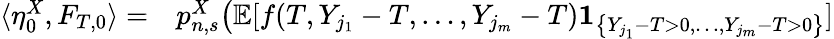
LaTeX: \begin{array}{rl}{\langle\eta_{0}^{X},F_{T,0}\rangle=}&{{}p_{n,s}^{X}\big(\mathbb{E}[f(T,Y_{j_{1}}-T,\dots,Y_{j_{m}}-T)\mathbf{1}_{\left\{ Y_{j_{1}}-T>0,\dots,Y_{j_{m}}-T>0\right\} }]}\end{array}